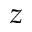
z